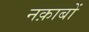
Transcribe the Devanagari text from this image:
नक़ाबों